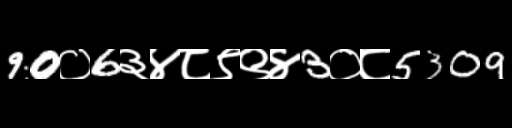
Text: 90०6३४८९९४3०८5309